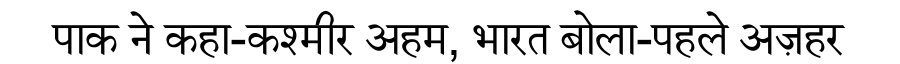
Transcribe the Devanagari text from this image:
पाक ने कहा-कश्मीर अहम, भारत बोला-पहले अज़हर